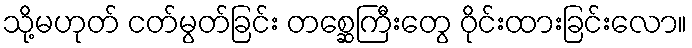
သို့မဟုတ် ငတ်မွတ်ခြင်း တစ္ဆေကြီးတွေ ဝိုင်းထားခြင်းလော။